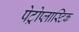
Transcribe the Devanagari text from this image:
पेट्रोप्लास्टिक